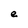
Character: e